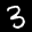
Label: 3